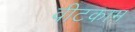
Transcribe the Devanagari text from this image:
वीटकाम